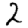
Digit: 2